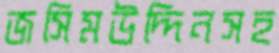
জসিমউদ্দিনসহ